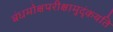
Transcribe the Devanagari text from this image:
बंधमोक्षपरीक्षामुदृंकयति